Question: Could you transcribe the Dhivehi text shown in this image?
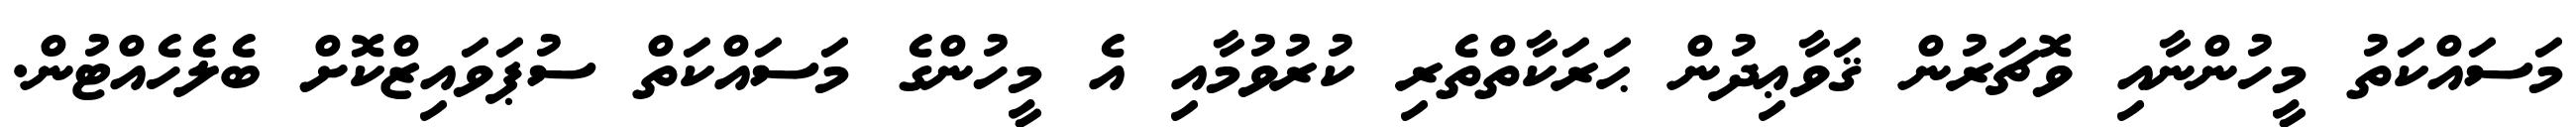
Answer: މަސައްކަތު މީހުންނާއި ވޮޗަރުން ޤަވާޢިދުން ޙަރަކާތްތެރި ކުރުވުމާއި އެ މީހުންގެ މަސައްކަތް ސުޕަވައިޒްކޮށް ބެލެހެއްޓުން.